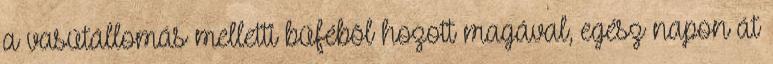
a vasútállomás melletti büfébõl hozott magával, egész napon át